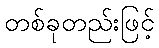
တစ်ခုတည်းဖြင့်